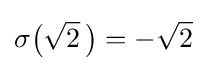
\sigma {\bigl (}{\sqrt {2}}~\!{\bigr )}=-{\sqrt {2}}